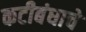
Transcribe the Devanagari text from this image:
कटीबंधाचे